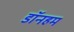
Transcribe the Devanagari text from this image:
डॉनहम